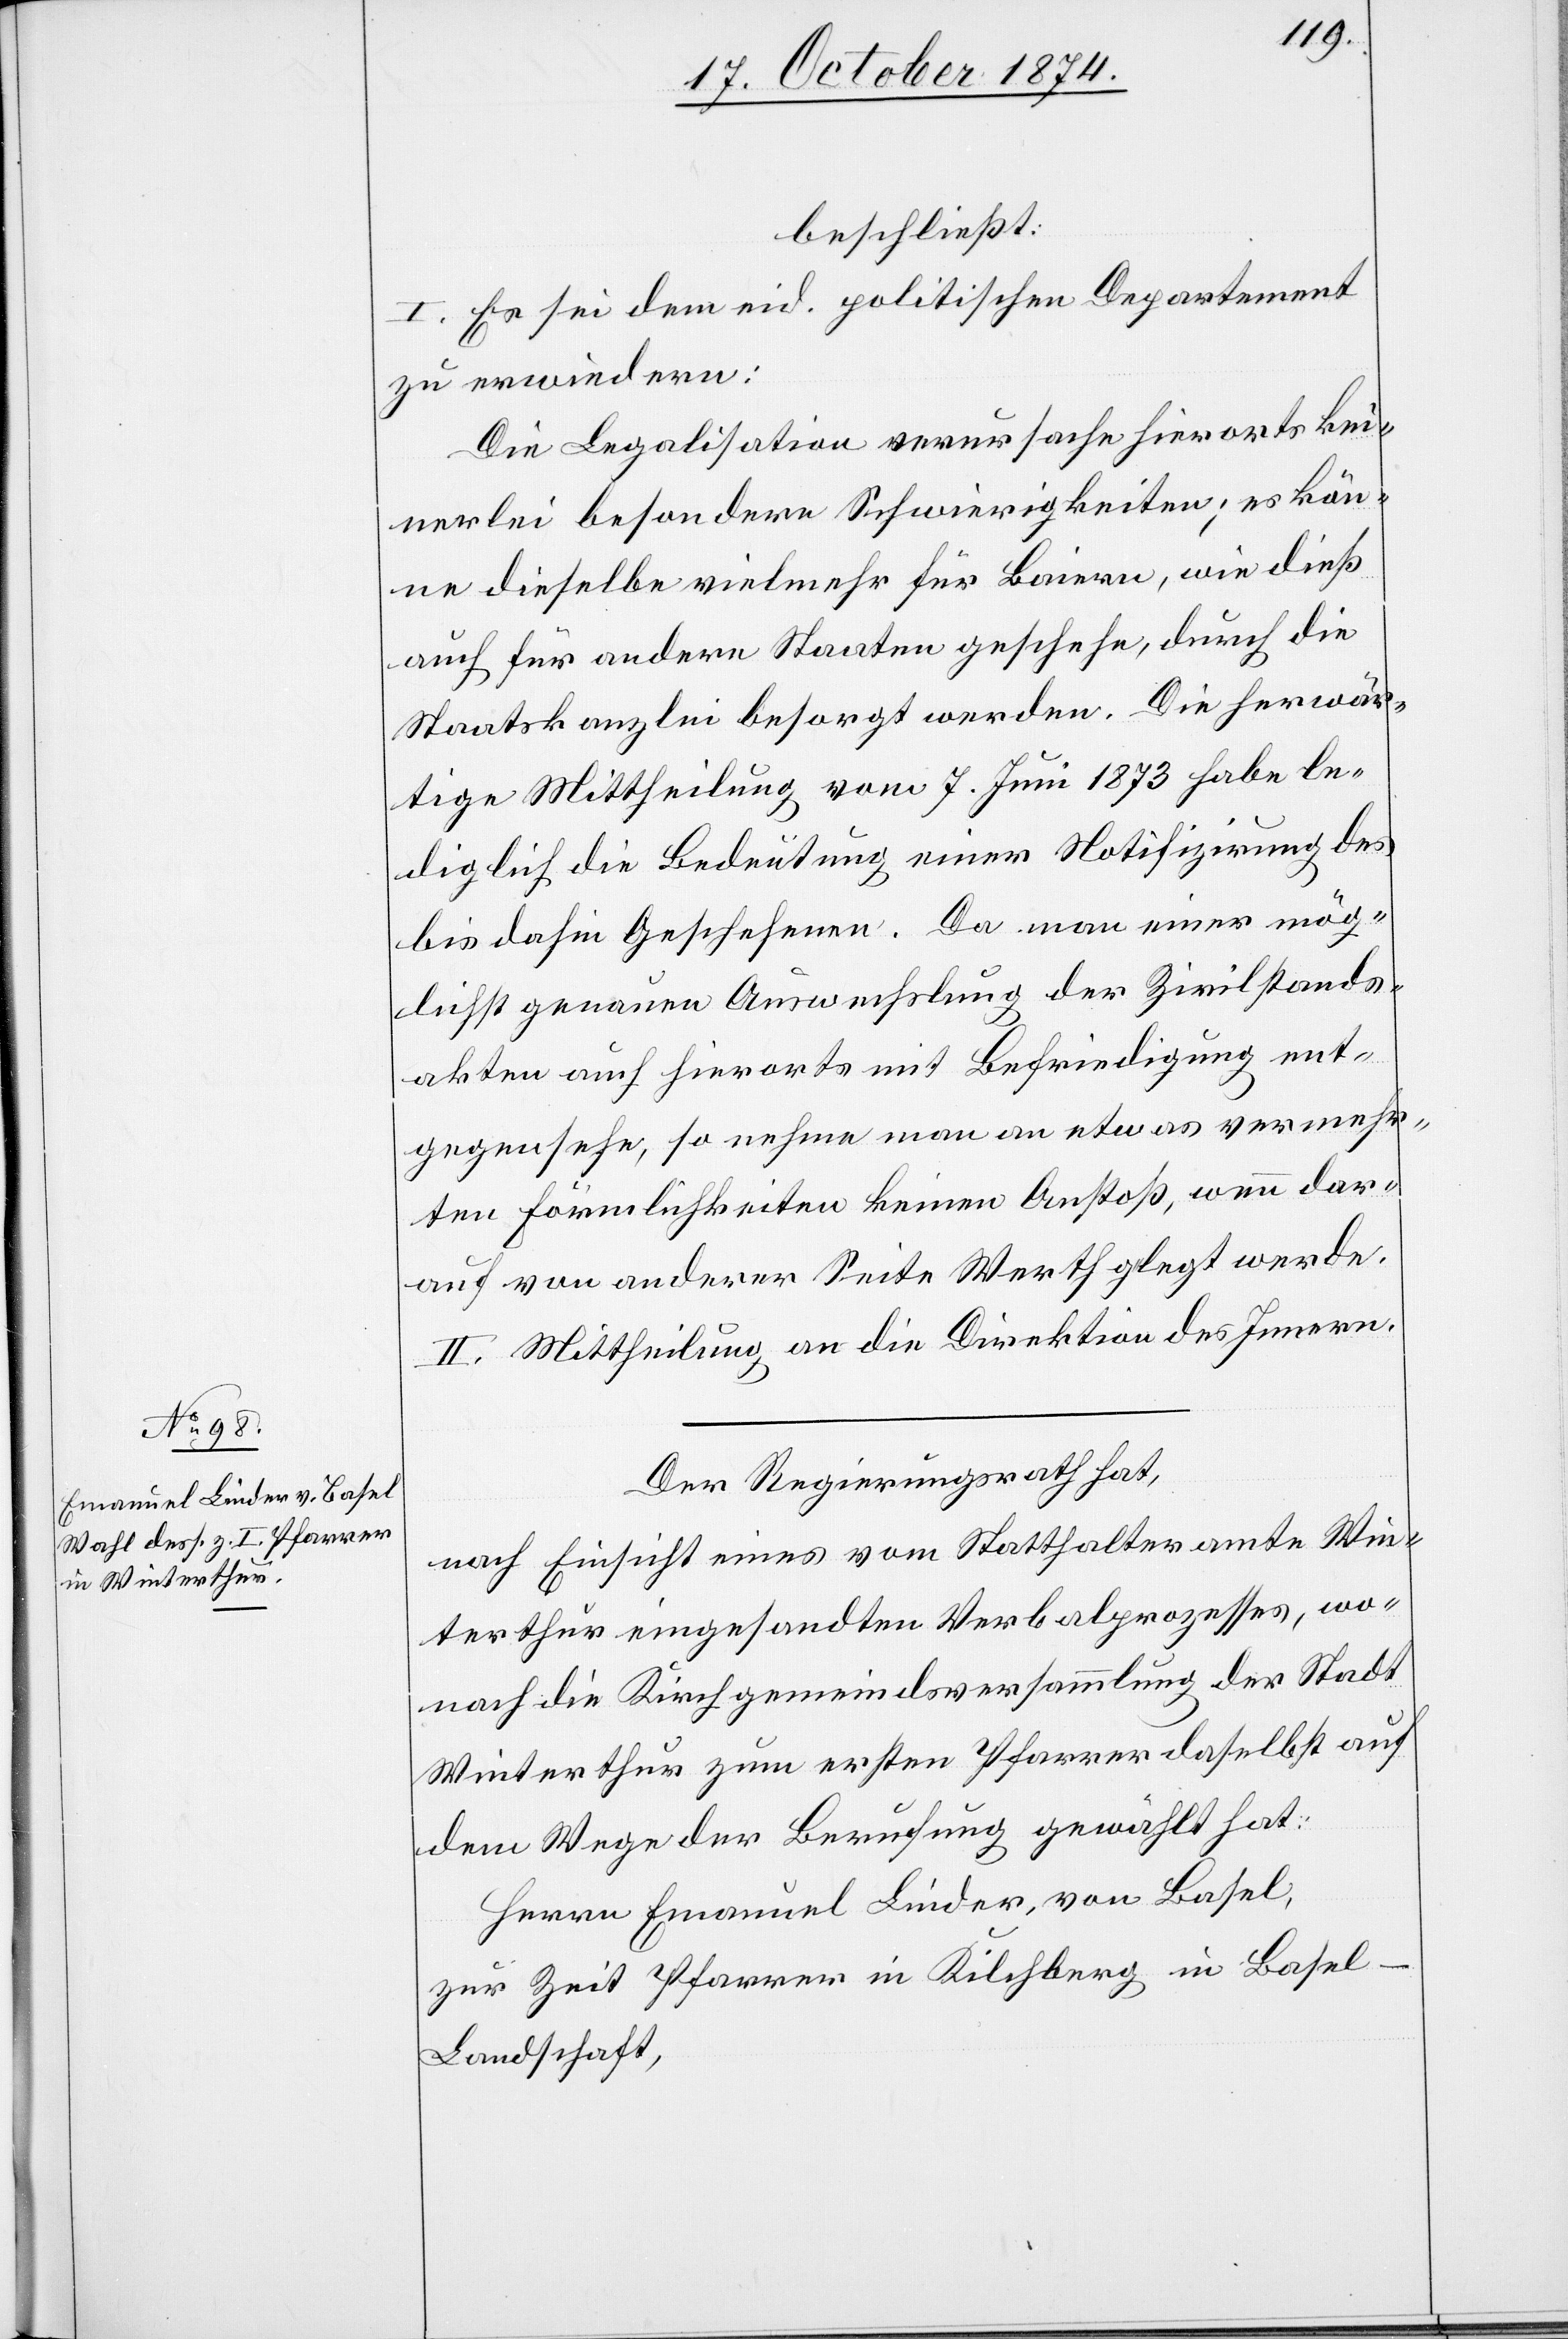
beschließt:
I. Es sei dem eid. politischen Departement
zu erwiedern:
Die Legalisation verursache hierorts kei¬
nerlei besondere Schwierigkeiten; es kön¬
ne dieselbe vielmehr für Baiern, wie dieß
auch für andere Staaten geschehe, durch die
Staatskanzlei besorgt werden. Die herwär¬
tige Mittheilung vom 7. Juni 1873 habe le¬
diglich die Bedeutung einer Notifizirung des
bis dahin Geschehenen. Da man einer mög¬
lichst genauen Auswechslung der Zivilstands¬
akten auch hierorts mit Befriedigung ent¬
gegensehe, so nehme man an etwas vermehr¬
ten Förmlichkeiten keinen Anstoß, wenn dar¬
auf von anderer Seite Werth gelegt werde.
II. Mittheilung an die Direktion des Innern.
Der Regierungsrath hat,
nach Einsicht eines vom Statthalteramte Win¬
terthur eingesandten Verbalprozesses, wo¬
nach die Kirchgemeindsversammlung der Stadt
Winterthur zum ersten Pfarrer daselbst auf
dem Wege der Berufung gewählt hat:
Herrn Emanuel Linder, von Basel,
zur Zeit Pfarrer in Kilchberg in Base¬
l-Landschaft,